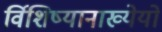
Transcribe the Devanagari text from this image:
र्विशिष्यानाख्येयो